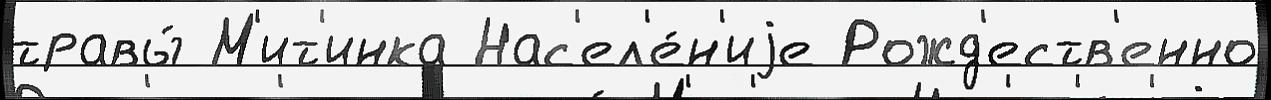
травы́ М'ит'инка Нас'ел'е́н'иjе Рожд'еств'енно